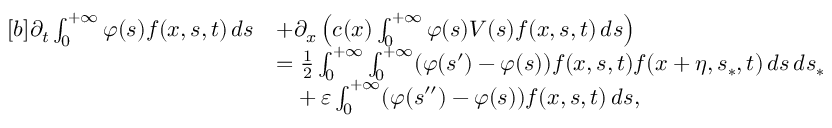
\begin{array} { r } { \begin{array} { r l } { [ b ] \partial _ { t } \int _ { 0 } ^ { + \infty } \varphi ( s ) f ( x , s , t ) \, d s } & { + \partial _ { x } \left( c ( x ) \int _ { 0 } ^ { + \infty } \varphi ( s ) V ( s ) f ( x , s , t ) \, d s \right) } \\ & { = \frac { 1 } { 2 } \int _ { 0 } ^ { + \infty } \int _ { 0 } ^ { + \infty } ( \varphi ( s ^ { \prime } ) - \varphi ( s ) ) f ( x , s , t ) f ( x + \eta , s _ { \ast } , t ) \, d s \, d s _ { \ast } } \\ & { \phantom { = } + \varepsilon \int _ { 0 } ^ { + \infty } ( \varphi ( s ^ { \prime \prime } ) - \varphi ( s ) ) f ( x , s , t ) \, d s , } \end{array} } \end{array}